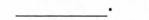
_____。